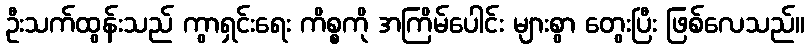
ဦးသက်ထွန်းသည် ကွာရှင်းရေး ကိစ္စကို အကြိမ်ပေါင်း များစွာ တွေးပြီး ဖြစ်လေသည်။